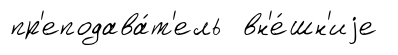
пр'еподава́т'ель вн'е́шн'иjе